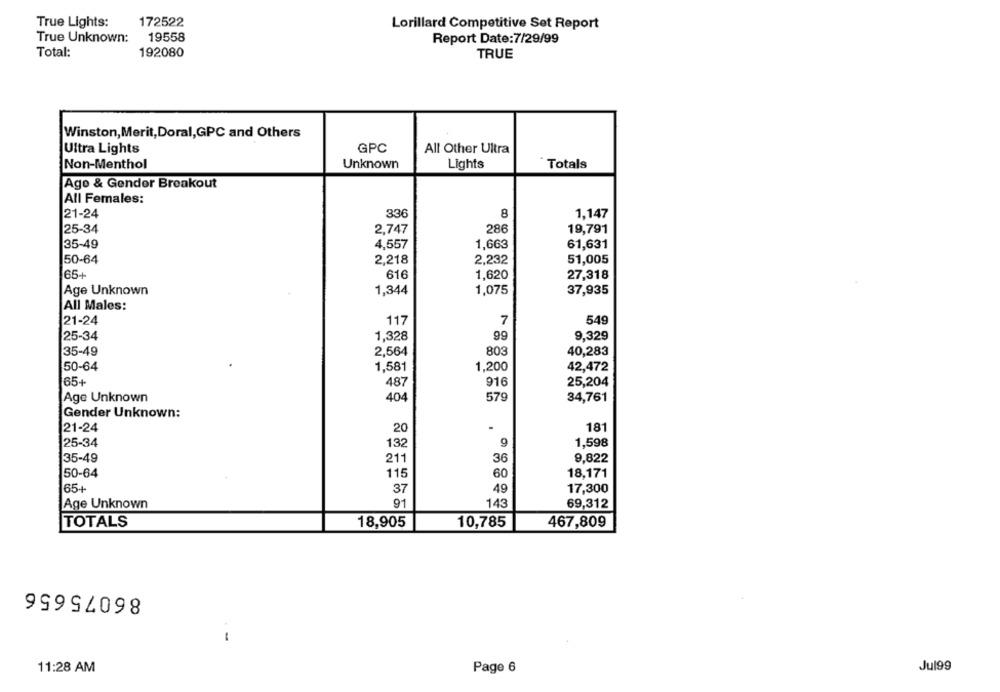
True Lights:
172522
Lorillard Competitive Set Report
True Unknown:
19558
Report Date:7/29/99
Total:
192080
TRUE
Winston, Merit, Doral,GPC and Others
Ultra Lights
GPC
All Other Ultra
Non-Menthol
Unknown
Lights
Totals
Age & Gender Breakout
All Females:
21-24
336
8
1,147
2.747
286
19,791
25-34
35-49
4,557
1,663
61,631
50-64
2,218
2,232
51,005
65+
616
1,620
27,318
Age Unknown
1,344
1,075
37,935
All Males:
21-24
117
7
549
25-34
1.328
99
9,329
35-49
2,564
803
40,283
50-64
1,581
1,200
42,472
65+
487
916
25,204
Age Unknown
404
579
34,761
Gender Unknown:
21-24
20
181
25-34
132
1,598
35-49
211
36
9,822
50-64
115
60
18,171
65+
37
49
17,300
Age Unknown
91
143
69,312
TOTALS
18,905
10,785
467,809
86075656
-
11:28 AM
Page 6
Jul99